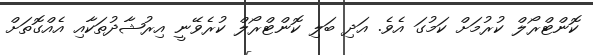
ކޮންޓްރޯލް ކުރުމަށް ކަމުގަ އެވެ. އަދި ބަލި ކޮންޓްރޯލް ކުރެވޭނީ އިރުޝާދުތަކާއި އެއްގޮތަށް